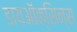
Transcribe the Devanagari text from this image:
डायऑक्सिन्स